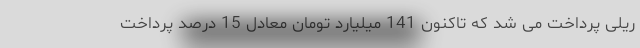
ریلی پرداخت می شد که تاکنون 141 میلیارد تومان معادل 15 درصد پرداخت